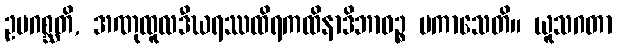
ဥပဂစ္ဆတိ, အဏုထူလဒီဃရဿထိရကထိနာဒိဘာဝဉ္စ ပကာသေတိ။ ယူသဂတာ